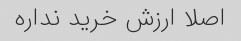
اصلا ارزش خرید نداره